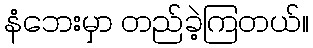
နံဘေးမှာ တည်ခဲ့ကြတယ်။